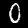
Label: 0